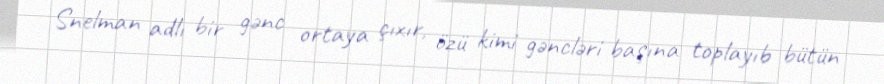
Snelman adlı bir gənc ortaya çıxır, özü kimi gəncləri başına toplayıb bütün